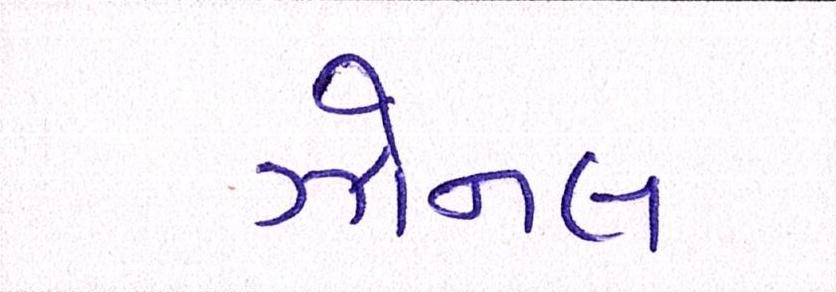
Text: ઝોનલ